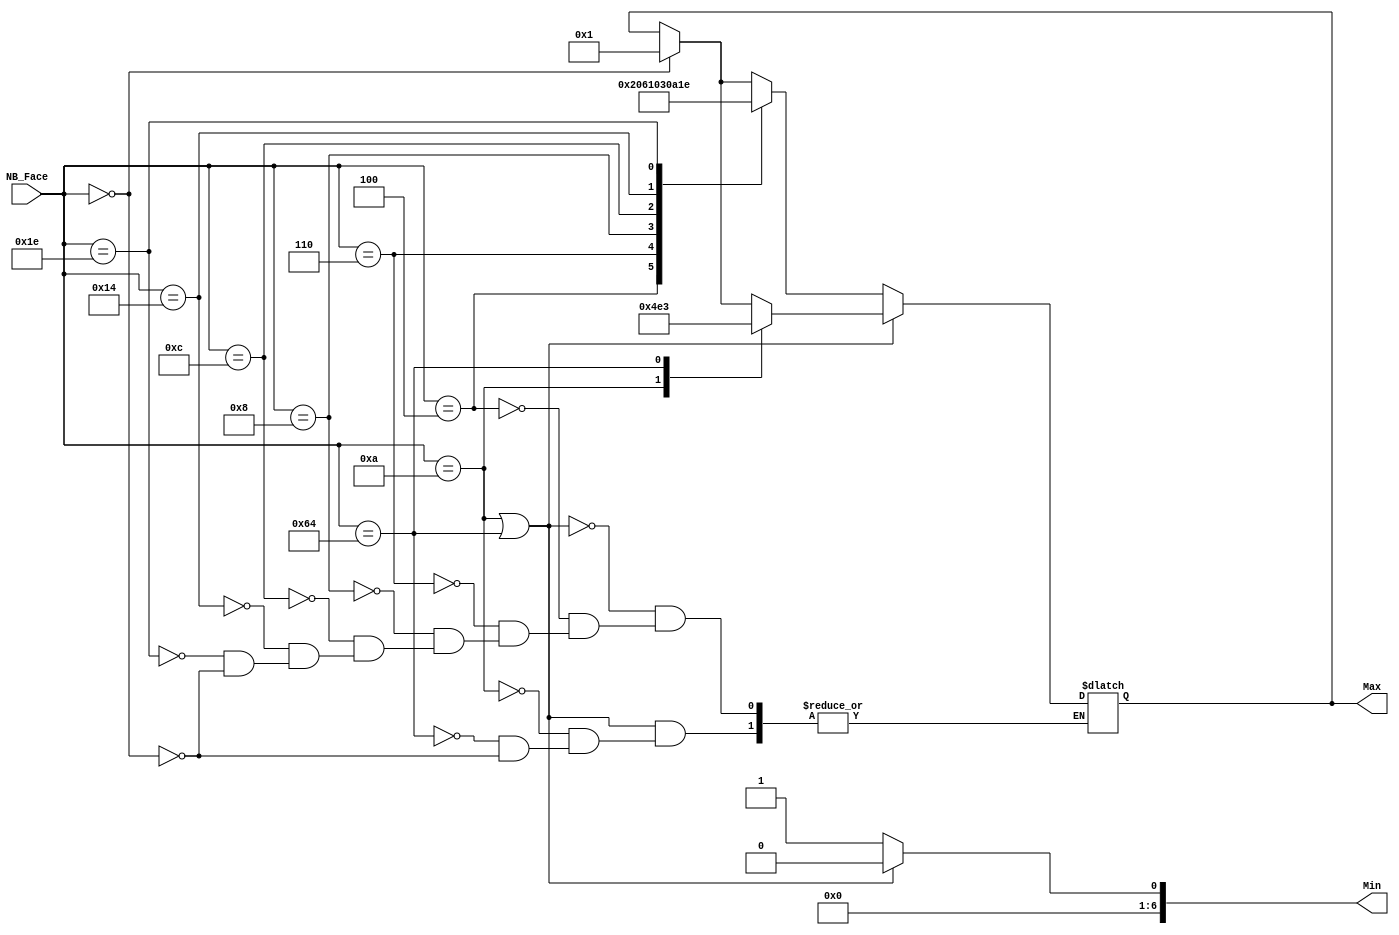
module TransBinCPT(NB_Face, Min, Max);

input[6:0] NB_Face;	


output[6:0] Min;
output [6:0] Max;		

reg[6:0] Min;
reg[6:0] Max;

always @(NB_Face)
begin
	if (NB_Face ==0)
	begin
	Min <= 1;
	Max <= 1;
	end
	if ((NB_Face == 10) || (NB_Face == 100))
		begin
		Min <= 0;
			case (NB_Face) 	
				10 : Max <= 	9;
				100 : Max <= 	99;
			endcase
		end
		else
			begin
			Min <= 1;
				case (NB_Face) 	
					4 : Max <= 	4;
					6 : Max <= 	6;
					8 : Max <= 	8;
					12 : Max <= 	12;
					20 : Max <= 	20;
					30 : Max <= 	30;
				endcase
		 end	
end

endmodule